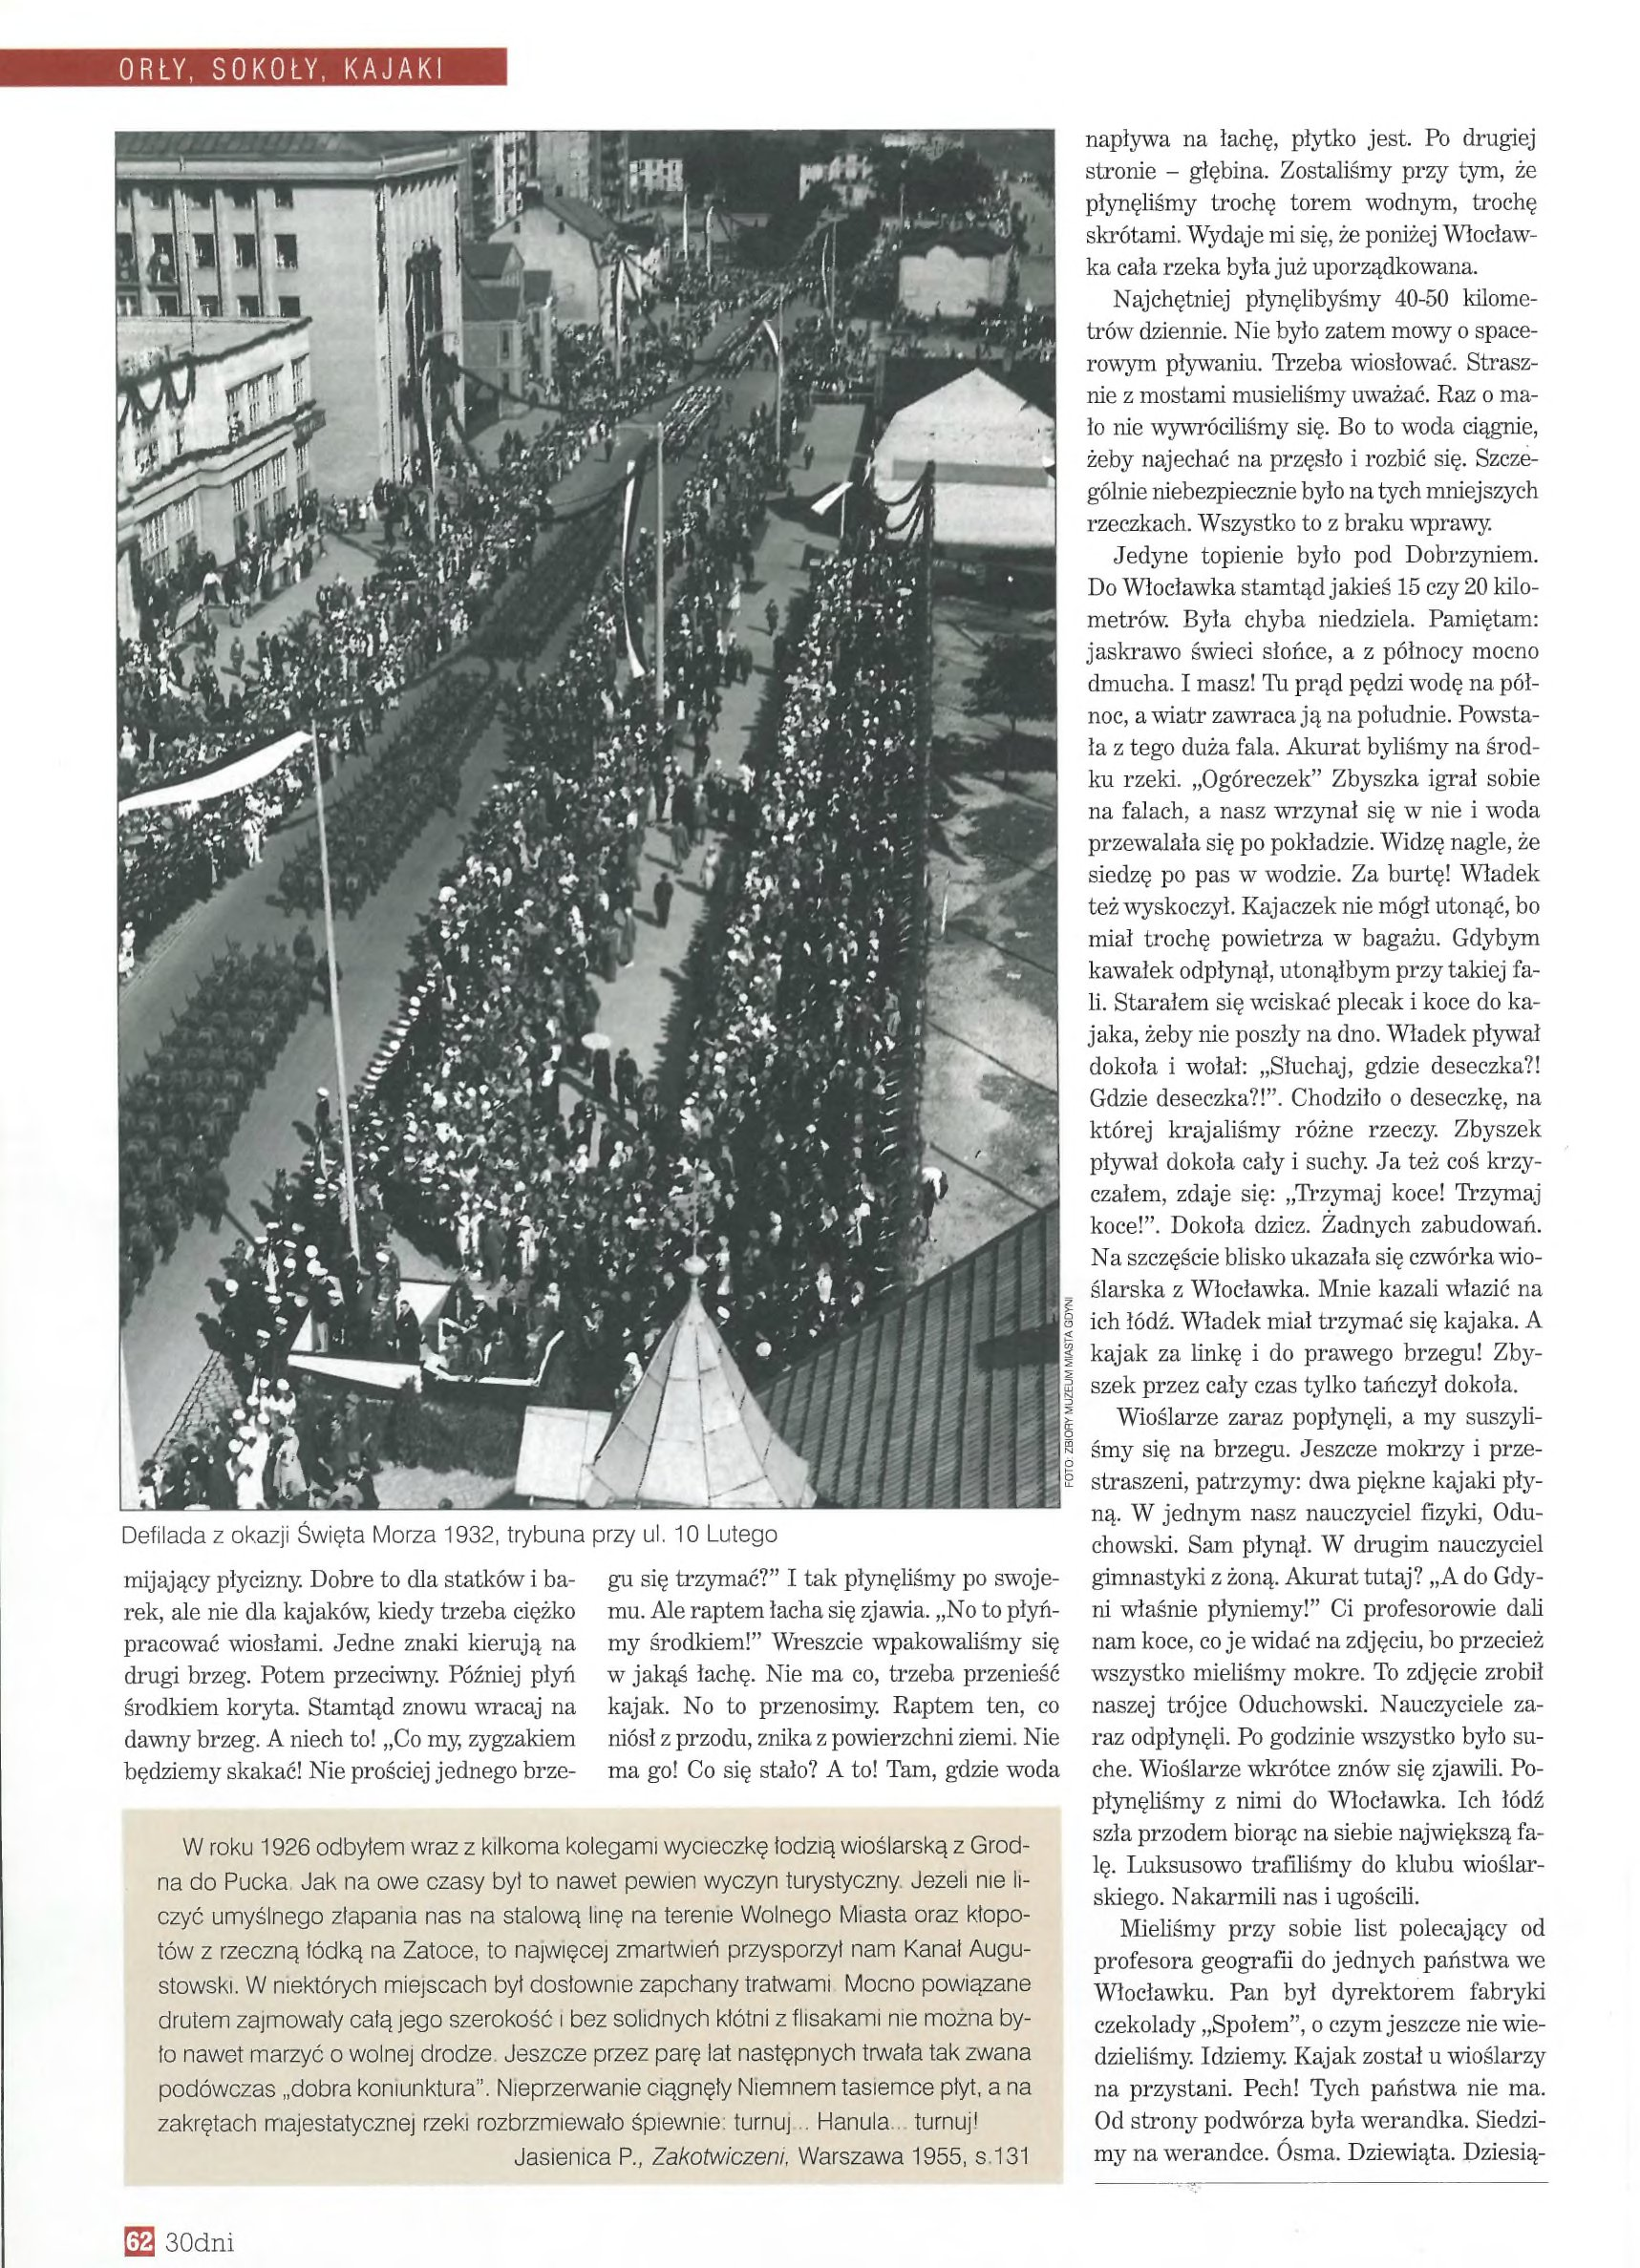
Language: pl